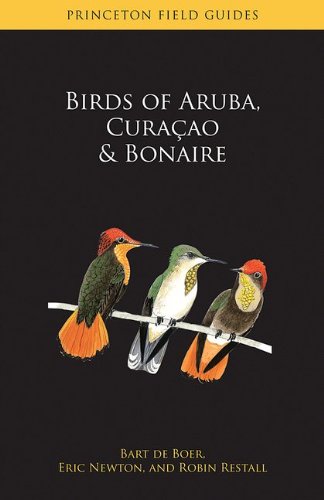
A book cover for Birds of Aruba, CuraÃ§ao, and Bonaire (Princeton Field Guides); Bart de Boer; Travel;